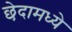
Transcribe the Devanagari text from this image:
छेदामध्ये